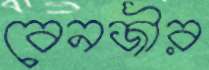
বেনজীর